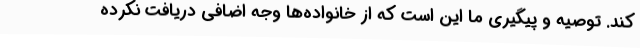
کند. توصیه و پیگیری ما این است که از خانواده‌ها وجه اضافی دریافت نکرده